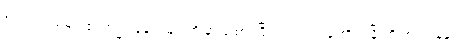
ဖောက်သည်များ၏ အကြံပြုချက်များကို နားထောင်ပြီး သင့်လုပ်ငန်းကို ဖွံ့ဖြိုးတိုးတက်ရန်နှင့်